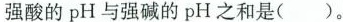
强酸的pH与强碱的pH之和是( )。